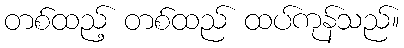
တစ်ထည့် တစ်ထည် ထပ်ကုန်သည်။